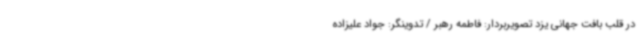
در قلب بافت جهانی یزد تصویربردار: فاطمه رهبر / تدوینگر: جواد علیزاده